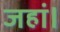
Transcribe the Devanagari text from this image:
जहां।